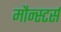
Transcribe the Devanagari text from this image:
मौन्स्टर्स